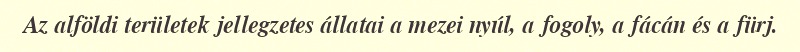
Az alföldi területek jellegzetes állatai a mezei nyúl, a fogoly, a fácán és a fürj.